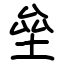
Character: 垒